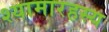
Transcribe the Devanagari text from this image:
श्यामारहस्य